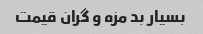
بسیار بد مزه و گران قیمت